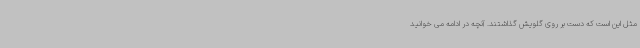
مثل این است که دست بر روی گلویش گذاشتند. آنچه در ادامه می خوانید